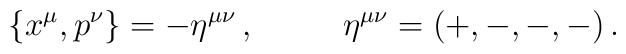
\{x^\mu,p^\nu\} = -\eta^{\mu\nu}\,,~~~~~~~~\eta^{\mu\nu} =(+,-,-,-)\,.